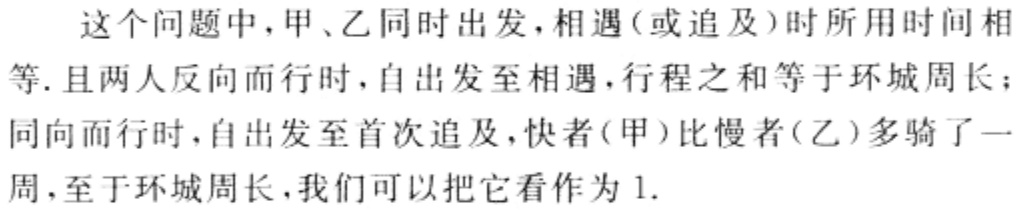
这个问题中，甲、乙同时出发，相遇（或追及）时所用时间相等. 且两人反向而行时，自出发至相遇，行程之和等于环城周长；同向而行时，自出发至首次追及，快者(甲)比慢者(乙)多骑了一周，至于环城周长，我们可以把它看作为 1.